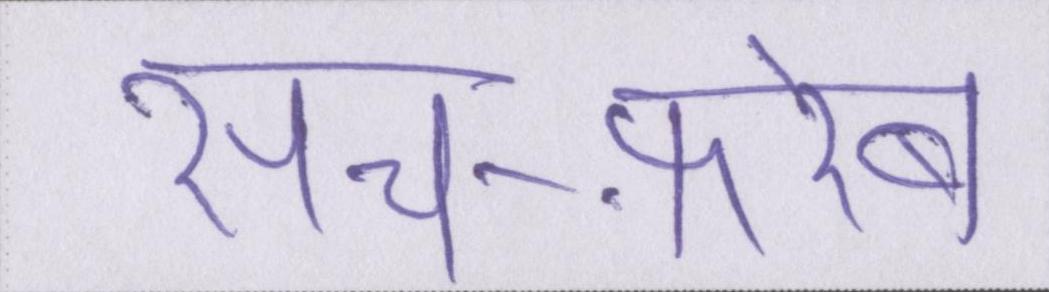
सच-फ़रेब